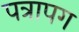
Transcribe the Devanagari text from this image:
पत्रापग